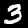
Digit: 3